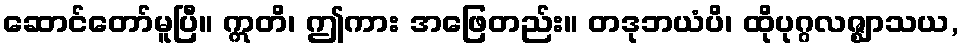
ဆောင်တော်မူပြီ။ ဣတိ၊ ဤကား အဖြေတည်း။ တဒုဘယံပိ၊ ထိုပုဂ္ဂလဇ္ဈာသယ,